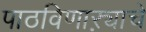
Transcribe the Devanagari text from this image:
पाठविणाऱ्याचे